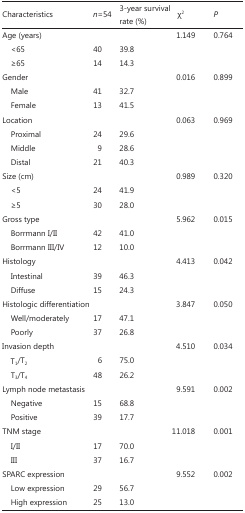
<table><thead><tr><td><b>Characteristics</b></td><td><b><i>n</i>=54</b></td><td><b>3-year survival rate (%)</b></td><td><b>χ<sup>2</sup></b></td><td><b><i>P</i></b></td></tr></thead><tbody><tr><td>Age (years)</td><td></td><td></td><td>1.149</td><td>0.764</td></tr><tr><td>&lt;65</td><td>40</td><td>39.8</td><td></td><td></td></tr><tr><td>≥65</td><td>14</td><td>14.3</td><td></td><td></td></tr><tr><td>Gender</td><td></td><td></td><td>0.016</td><td>0.899</td></tr><tr><td>Male</td><td>41</td><td>32.7</td><td></td><td></td></tr><tr><td>Female</td><td>13</td><td>41.5</td><td></td><td></td></tr><tr><td>Location</td><td></td><td></td><td>0.063</td><td>0.969</td></tr><tr><td>Proximal</td><td>24</td><td>29.6</td><td></td><td></td></tr><tr><td>Middle</td><td>9</td><td>28.6</td><td></td><td></td></tr><tr><td>Distal</td><td>21</td><td>40.3</td><td></td><td></td></tr><tr><td>Size (cm)</td><td></td><td></td><td>0.989</td><td>0.32</td></tr><tr><td>&lt;5</td><td>24</td><td>41.9</td><td></td><td></td></tr><tr><td>≥5</td><td>30</td><td>28</td><td></td><td></td></tr><tr><td>Gross type</td><td></td><td></td><td>5.962</td><td>0.015</td></tr><tr><td>Borrmann I/II</td><td>42</td><td>41</td><td></td><td></td></tr><tr><td>Borrmann III/IV</td><td>12</td><td>10</td><td></td><td></td></tr><tr><td>Histology</td><td></td><td></td><td>4.413</td><td>0.042</td></tr><tr><td>Intestinal</td><td>39</td><td>46.3</td><td></td><td></td></tr><tr><td>Diffuse</td><td>15</td><td>24.3</td><td></td><td></td></tr><tr><td>Histologic differentiation</td><td></td><td></td><td>3.847</td><td>0.05</td></tr><tr><td>Well/moderately</td><td>17</td><td>47.1</td><td></td><td></td></tr><tr><td>Poorly</td><td>37</td><td>26.8</td><td></td><td></td></tr><tr><td>Invasion depth</td><td></td><td></td><td>4.51</td><td>0.034</td></tr><tr><td>T<sub>1</sub>/T<sub>2</sub></td><td>6</td><td>75</td><td></td><td></td></tr><tr><td>T<sub>3</sub>/T<sub>4</sub></td><td>48</td><td>26.2</td><td></td><td></td></tr><tr><td>Lymph node metastasis</td><td></td><td></td><td>9.591</td><td>0.002</td></tr><tr><td>Negative</td><td>15</td><td>68.8</td><td></td><td></td></tr><tr><td>Positive</td><td>39</td><td>17.7</td><td></td><td></td></tr><tr><td>TNM stage</td><td></td><td></td><td>11.018</td><td>0.001</td></tr><tr><td>I/II</td><td>17</td><td>70</td><td></td><td></td></tr><tr><td>III</td><td>37</td><td>16.7</td><td></td><td></td></tr><tr><td>SPARC expression</td><td></td><td></td><td>9.552</td><td>0.002</td></tr><tr><td>Low expression</td><td>29</td><td>56.7</td><td></td><td></td></tr><tr><td>High expression</td><td>25</td><td>13</td><td></td><td></td></tr></tbody></table>